Annual report on the lock hospitals of the Madras Presidency
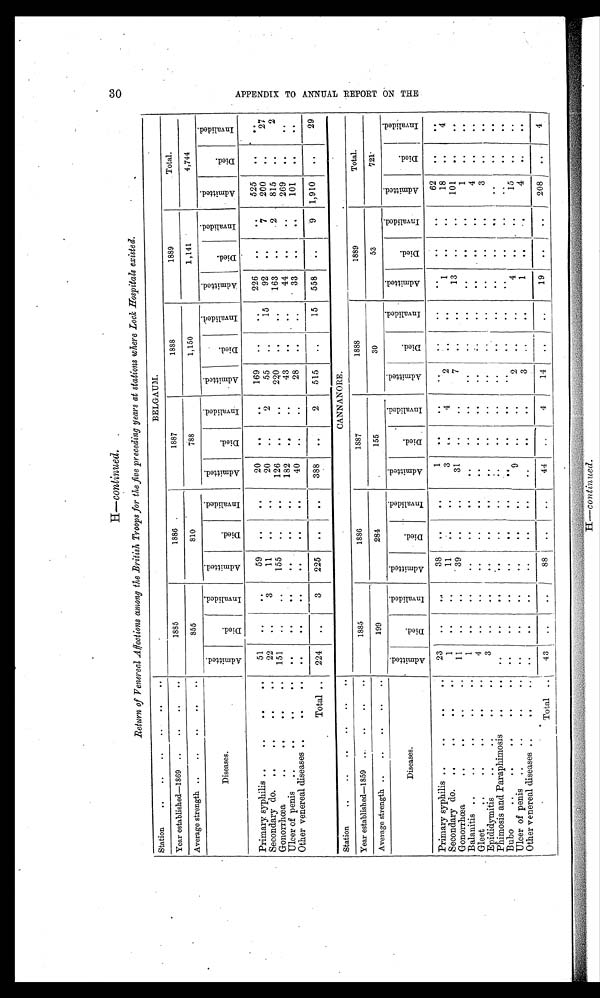
H — continued.
Return of Venereal Affections among the British Troops for the five preceding years at stations where Lock Hospitals existed.
Station
. .
..
..
. . ..
..
BELGAUM.
Year established—1869 ..
..
..
. .
1885
1886
1887
1888
1889
Total.
Average strength ..
..
. .
..
..
855
810
788
1,150
1 ,141
4,744
Diseases.
A d m i t t e d .
D i e d .
I n v a l i d e d .
A d m i t t e d .
D i e d .
I n v a l i d e d .
A d m i t t e d .
D i e d .
I n v a l i d e d .
A d m i t t e d .
D i e d .
I n v a l i d e d .
A d m i t t e d .
D i e d .
I n v a l i d e d .
A d m i t t e d .
D i e d .
I n v a l i d e d .
Primary syphilis ..
. .
..
..
51
..
. .
59
. .
..
20
. .
..
169
. .
..
226
. .
..
525
. .
. .
22
. .
3
11
..
..
20
..
..
55
..
15
92
..
7
200
..
27
Secondary do.
..
. .
. .
..
151
..
. .
155
..
. .
126
. .
. .
220
. .
..
163
. .
2
815
. .
2
Gonorrhœa
. .
..
..
. .
..
..
..
. .
. .
. .
182
. .
..
43
..
. .
44
. .
..
269
. .
. .
Ulcer of penis
..
. .
..
..
33
..
. .
101
. .
. .
Other venereal diseases ..
..
..
. .
..
. .
. .
. .
40
..
..
28
..
..
Total ..
.
224
..
..
225
. .
. .
388
. .
2
515
. .
15
558
..
9
1,910
. .
29
Station
..
..
..
..
..
.. .
CANNANORE.
Year established—1859
..
..
..
1885
1886
1887
1888
1889
Total.
Average strength ..
..
..
..
..
199
284
155
30
53
7 2 1
Diseases.
A d m i t t e d .
D i e d .
I n v a l i d e d .
A d m i t t e d .
D i e d .
I n v a l i d e d .
A d m i t t e d .
D i e d .
I n v a l i d e d .
A d m i t t e d .
D i e d .
I n v a l i d e d .
A d m i t t e d .
D i e d .
Inval i ded.
A d m i t t e d .
D i e d .
Inval i ded.
Primary syphilis ..
..
..
. .
23
..
..
38
..
..
1
. .
. .
. .
. .
. .
. .
. .
. .
62
. .
. .
1
..
. .
18
. .
4
Secondary do.
..
. .
..
. .
1
..
..
11
. .
..
3
. .
4
2
. .
..
13
. .
. .
101
. .
. .
Gonorrhœa
. .
. .
..
. .
11
. .
. .
39
. .
. .
31
. .
. .
7
. .
. .
. .
. .
. .
1
..
. .
Balanitis ..
..
..
..
. .
1
. .
. .
. .
..
..
. .
. .
. .
...
..
. .
..
..
..
4
. .
. .
Gleet
..
..
..
..
..
4
. .
. .
. .
. .
. .
. .
. .
. .
. .
. .
. .
Epididymitis
..
..
..
. .
3
..
. .
. .
. .
. .
. .
. .
. .
. .
. .
..
..
. .
..
3
. .
..
Phimosis and Paraphimosis
..
. .
..
. .
..
. .
. .
. .
. .
. .
..
. .
. .
..
. .
..
. .
. .
. .
. .
Bubo
. .
. .
..
. .
..
.. .
..
..
. .
. .
. .
. .
. .
..
. .
. .
. .
. .
. .
. .
. .
. .
4
..
..
1 5
..
..
Ulcer of penis
..
..
..
..
..
..
..
..
. .
. .
9
. .
. .
2
..
. .
1
. .
..
4
..
. .
Other venereal diseases ..
..
. .
. .
. .
. .
. .
. .
. .
. .
. .
3
..
. .
Total
..
43
. .
..
8 8
. .
. .
4 4
..
4
1 4
. .
..
19
. .
.. 208
. .
4
30
A P P E N D I X T O A N N U A L R E P O R T O N T H E
H—continued.